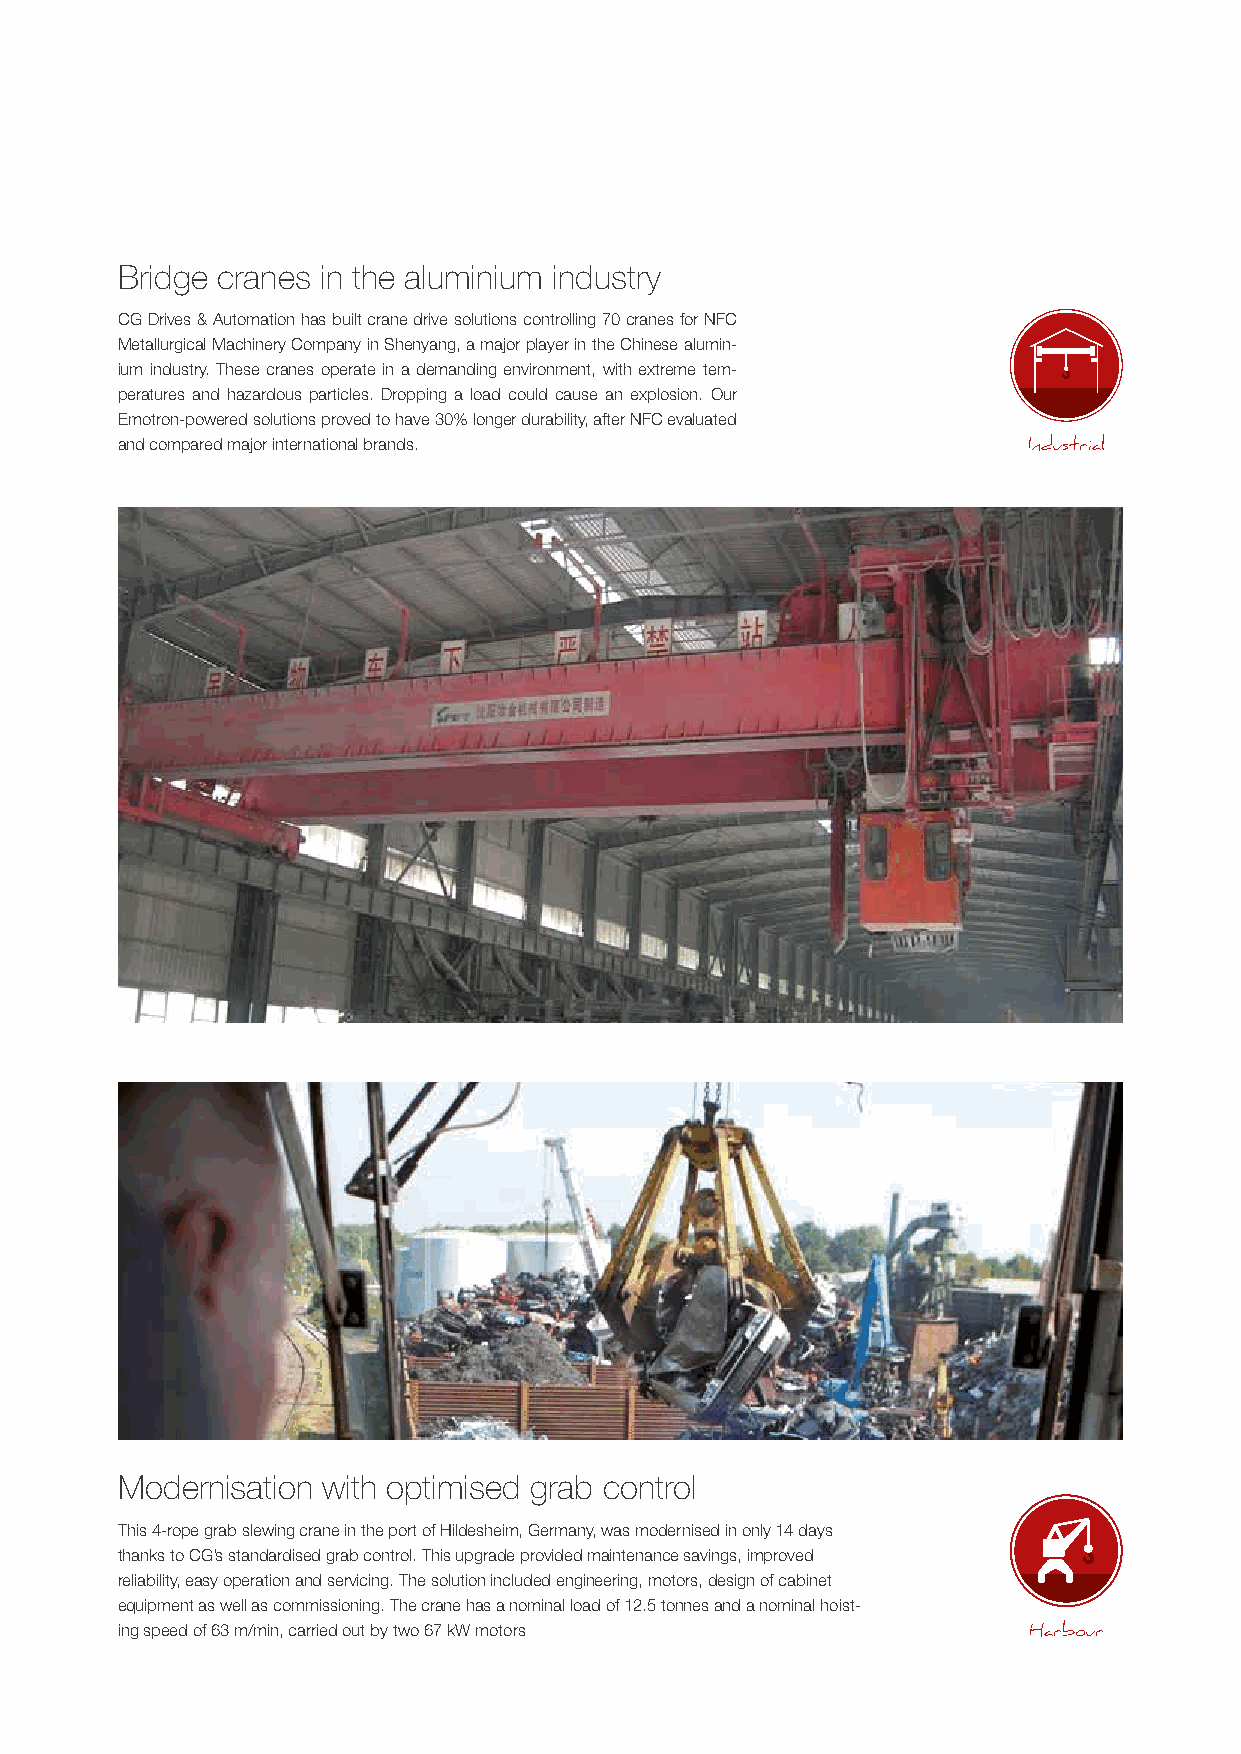
Bridge cranes in the aluminium industry
 CG Drives & Automation has built crane drive solutions controlling 70 cranes for NFC
 Metallurgical Machinery Company in Shenyang, a major player in the Chinese alumin-
 ium industry. These cranes operate in a demanding environment, with extreme tem-
 peratures and hazardous particles. Dropping a load could cause an explosion. Our
 Emotron-powered solutions proved to have 30% longer durability, after NFC evaluated
 and compared major international brands.                    Industrial
 Modernisation with optimised grab control
 This 4-rope grab slewing crane in the port of Hildesheim, Germany, was modernised in only 14 days
 thanks to CG’s standardised grab control. This upgrade provided maintenance savings, improved
 reliability, easy operation and servicing. The solution included engineering, motors, design of cabinet
 equipment as well as commissioning. The crane has a nominal load of 12.5 tonnes and a nominal hoist-
 ing speed of 63 m/min, carried out by two 67 kW motors      Harbour